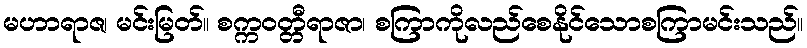
မဟာရာဇ၊ မင်းမြတ်။ စက္ကဝတ္တီရာဇာ၊ စကြာကိုလည်စေနိုင်သောစကြာမင်းသည်။